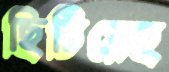
ছিটিয়েছ